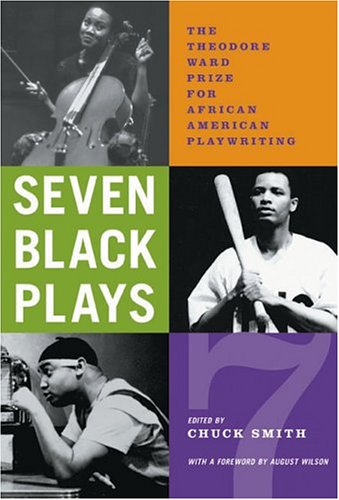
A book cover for Seven Black Plays: The Theodore Ward Prize for African American Playwriting; Anthology; Literature & Fiction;